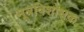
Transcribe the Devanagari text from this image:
मूत्रविशोधक